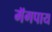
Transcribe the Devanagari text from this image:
मॅगपाय